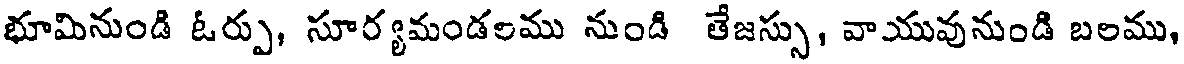
భూమినుండి ఓర్పు, సూర్యమండలము నుండి తేజస్సు, వాయువునుండి బలము,